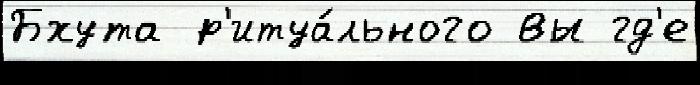
Бхута р'итуа́льного вы гд'е